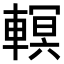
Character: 𨎁